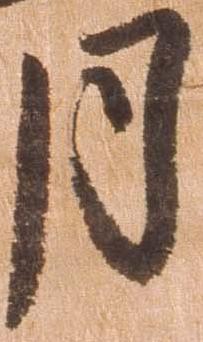
月